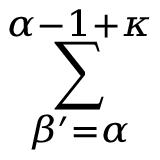
\sum _ { \beta ^ { \prime } = \alpha } ^ { \alpha - 1 + \kappa }